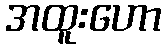
အထူးဟော